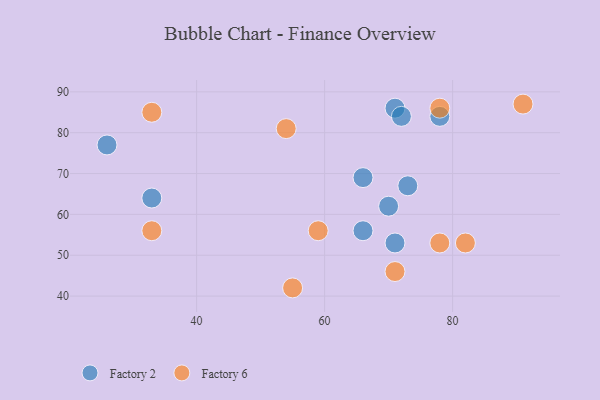
{"axis": {"x": "GDP", "y": "Life Expectancy"}, "legend": ["Factory 2", "Factory 6"], "data": [{"x": "71", "y": 86, "type": "Factory 2"}, {"x": "66", "y": 69, "type": "Factory 2"}, {"x": "26", "y": 77, "type": "Factory 2"}, {"x": "70", "y": 62, "type": "Factory 2"}, {"x": "33", "y": 64, "type": "Factory 2"}, {"x": "71", "y": 53, "type": "Factory 2"}, {"x": "78", "y": 84, "type": "Factory 2"}, {"x": "72", "y": 84, "type": "Factory 2"}, {"x": "73", "y": 67, "type": "Factory 2"}, {"x": "66", "y": 56, "type": "Factory 2"}, {"x": "82", "y": 53, "type": "Factory 6"}, {"x": "78", "y": 53, "type": "Factory 6"}, {"x": "55", "y": 42, "type": "Factory 6"}, {"x": "78", "y": 86, "type": "Factory 6"}, {"x": "54", "y": 81, "type": "Factory 6"}, {"x": "33", "y": 85, "type": "Factory 6"}, {"x": "33", "y": 56, "type": "Factory 6"}, {"x": "91", "y": 87, "type": "Factory 6"}, {"x": "59", "y": 56, "type": "Factory 6"}, {"x": "71", "y": 46, "type": "Factory 6"}]}